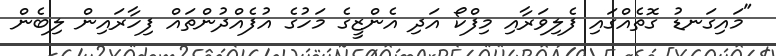
"މައިގަނޑު ގޮތެއްގައި ފެލިވަރާއި މިފްކޯ އަދި އެންޒީގެ މަހުގެ އުފެއްދުންތައް ފިހާރައިން ލިބެން